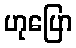
ဟုပြော